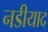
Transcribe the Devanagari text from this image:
नडीयाद